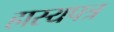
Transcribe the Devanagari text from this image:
हास्यपत्र